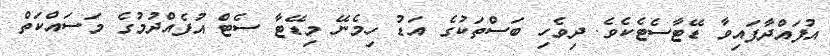
އުފައްދާފައިވާ ޑޭޓާސެޓެކެވެ. ދިވެހި ބަސްތަކުގެ އަޑު ހިމެނޭ މިޑޭޓާ ސެޓް އުފެއްދުމުގެ މަސައްކަތް